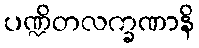
ပဏ္ဍိတလက္ခဏာနိ